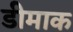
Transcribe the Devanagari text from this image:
डीमाक